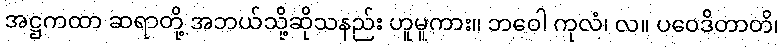
အဋ္ဌကထာ ဆရာတို့ အဘယ်သို့ဆိုသနည်း ဟူမူကား။ ဘဝေါ ကုလံ၊ လ။ ပဝေဒိတာတိ၊